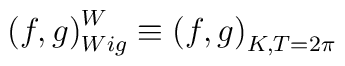
\left( f,g\right) _{Wig}^{W}\equiv \left( f,g\right) _{K,T=2\pi }